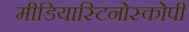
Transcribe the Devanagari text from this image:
मीडियास्टिनोस्कोपी